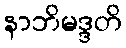
နာဘိမဒ္ဒတိ